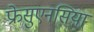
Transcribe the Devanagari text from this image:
फ्रेसुएनसिया